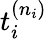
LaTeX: t_{i}^{(n_{i})}